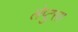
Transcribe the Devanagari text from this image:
लेप्टुरस